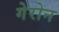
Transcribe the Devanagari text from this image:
गेरोन